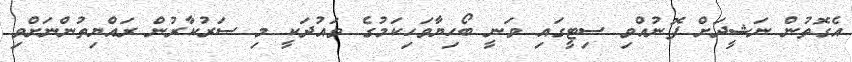
އެގޮތުން ނަޝީދަށް ފޮނުއްވި ސިޓީގައި ވަނީ ބޯހިޔާވަހިކަމުގެ ވައުދަކީ މި ސަރުކާރުން ރައްޔިތުންނަށްވި